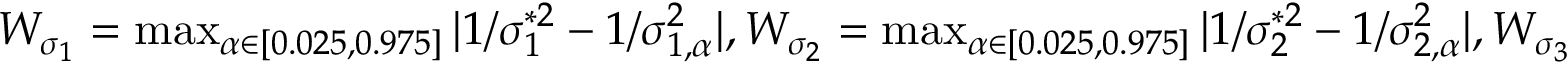
\begin{array} { r } { W _ { \sigma _ { 1 } } = \operatorname* { m a x } _ { \alpha \in [ 0 . 0 2 5 , 0 . 9 7 5 ] } | 1 / \sigma _ { 1 } ^ { * 2 } - 1 / \sigma _ { 1 , \alpha } ^ { 2 } | , W _ { \sigma _ { 2 } } = \operatorname* { m a x } _ { \alpha \in [ 0 . 0 2 5 , 0 . 9 7 5 ] } | 1 / \sigma _ { 2 } ^ { * 2 } - 1 / \sigma _ { 2 , \alpha } ^ { 2 } | , W _ { \sigma _ { 3 } } = \operatorname* { m a x } _ { \alpha \in [ 0 . 0 2 5 , 0 . 9 7 5 ] } | 1 / \sigma _ { 3 } ^ { * 2 } - 1 / \sigma _ { 3 , \alpha } ^ { 2 } | , } \end{array}